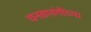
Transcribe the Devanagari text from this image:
घनसावंगीच्या